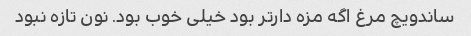
ساندویچ مرغ اگه مزه دار‌تر بود خیلی خوب بود. نون تازه نبود